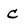
Character: C